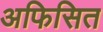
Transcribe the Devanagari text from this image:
अफिसित